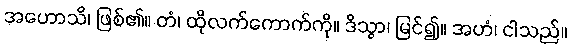
အဟောသိ၊ ဖြစ်၏။ တံ၊ ထိုလက်ကောက်ကို။ ဒိသွာ၊ မြင်၍။ အဟံ၊ ငါသည်။